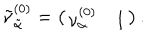
LaTeX: \tilde { \nu } _ { \tilde { \alpha } } ^ { ( 0 ) } = \left( \begin{matrix} { { \nu _ { \alpha } ^ { ( 0 ) } } } & { { 1 } } \\ \end{matrix} \right) .